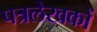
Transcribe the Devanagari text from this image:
पत्रलेखकों